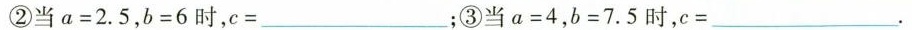
②当a=2.5,b=6时，c=___; ③当a=4,b=7.5时，c=___.